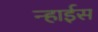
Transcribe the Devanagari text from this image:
न्हाईस